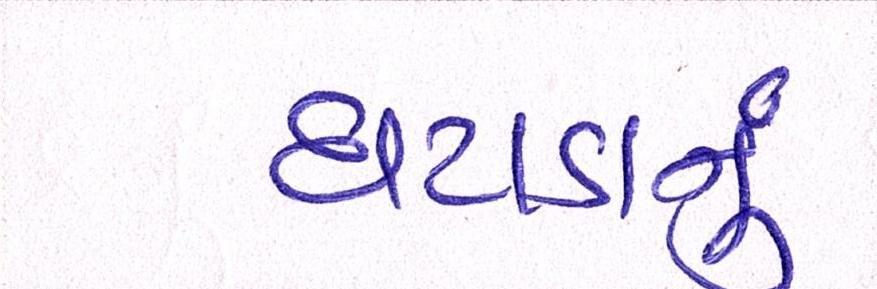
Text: ઘટાડાનું